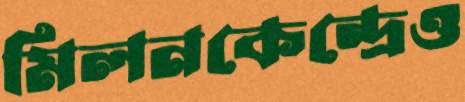
মিলনকেন্দ্রেও